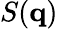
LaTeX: S(\mathbf{q})